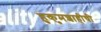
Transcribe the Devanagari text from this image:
हुकुमशाहीची